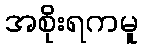
အစိုးရကမူ